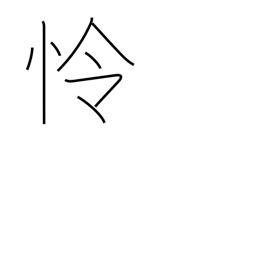
Meaning: wise